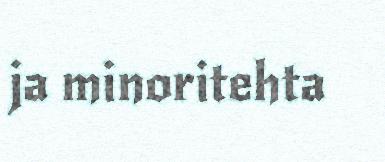
ja minoritehta